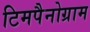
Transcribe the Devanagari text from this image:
टिमपैनोग्राम